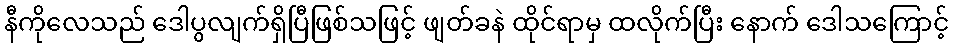
နီကိုလေသည် ဒေါပွလျက်ရှိပြီဖြစ်သဖြင့် ဖျတ်ခနဲ ထိုင်ရာမှ ထလိုက်ပြီး နောက် ဒေါသကြောင့်